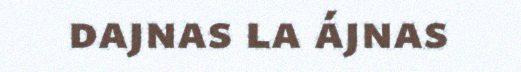
dajnas la ájnas